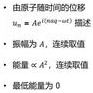
- 由源点到各点的位移
  - 函数$A_{ij}$，连续取值
- 能量密度$\omega$
  - 连续取值，二阶函数